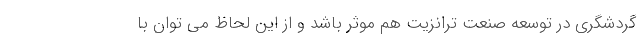
گردشگری در توسعه صنعت ترانزیت هم موثر باشد و از این لحاظ می توان با